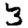
Digit: 3